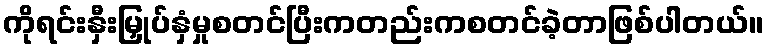
ကိုရင်းနှီးမြှုပ်နှံမှုစတင်ပြီးကတည်းကစတင်ခဲ့တာဖြစ်ပါတယ်။